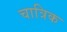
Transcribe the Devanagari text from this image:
चात्रिक